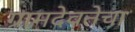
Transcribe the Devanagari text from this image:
ग्रामदेवतेचा